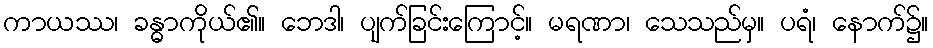
ကာယဿ၊ ခန္ဓာကိုယ်၏။ ဘေဒါ၊ ပျက်ခြင်းကြောင့်။ မရဏာ၊ သေသည်မှ။ ပရံ၊ နောက်၌။